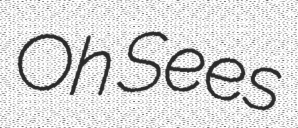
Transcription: Oh Sees